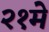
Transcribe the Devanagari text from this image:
२१मे